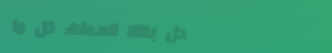
محل بقالة السعادة: كل ما